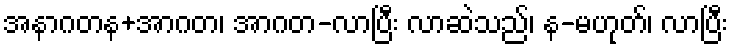
အနာဂတန+အာဂတ၊ အာဂတ-လာပြီး လာဆဲသည်၊ န-မဟုတ်၊ လာပြီး